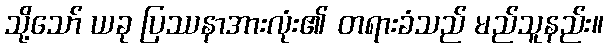
သို့သော် ယခု ပြဿနာအားလုံး၏ တရားခံသည် မည်သူနည်း။